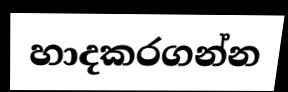
හාදකරගන්න